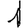
Digit: 1